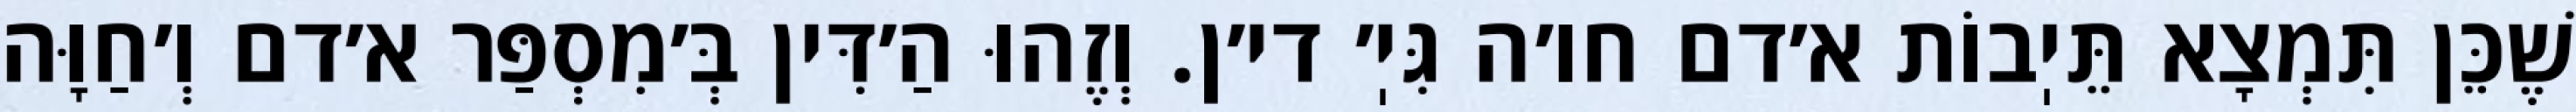
שֶׁכֵּן תִּמְצָא תֵּיֽבוֹת א׳דם חו׳ה גִּיֽ׳ די׳ן. וְזֶהוּ הַ׳דִּין בְּ׳מִסְפַּר א׳דם וְ׳חַוָּה